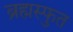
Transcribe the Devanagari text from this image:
ब्रह्मस्फुत